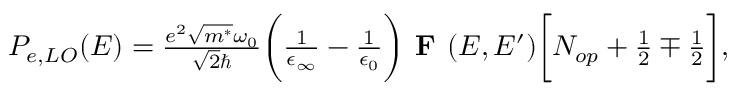
\begin{array} { r } { P _ { e , L O } ( E ) = \frac { e ^ { 2 } \sqrt { m ^ { * } } \omega _ { 0 } } { \sqrt { 2 } \hbar } \bigg ( \frac { 1 } { \epsilon _ { \infty } } - \frac { 1 } { \epsilon _ { 0 } } \bigg ) \textbf { F } ( E , E ^ { \prime } ) \bigg [ N _ { o p } + \frac { 1 } { 2 } \mp \frac { 1 } { 2 } \bigg ] , } \end{array}